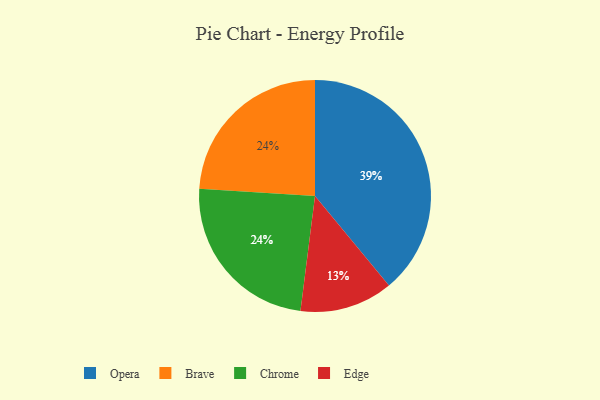
{"axis": {"x": "Category", "y": "Percentage"}, "legend": ["Brave", "Chrome", "Edge", "Opera"], "data": [{"x": "Brave", "y": 24, "type": "Brave"}, {"x": "Opera", "y": 39, "type": "Opera"}, {"x": "Edge", "y": 13, "type": "Edge"}, {"x": "Chrome", "y": 24, "type": "Chrome"}]}